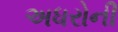
અધરોની